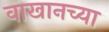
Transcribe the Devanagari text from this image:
वाखानच्या